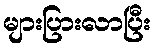
များပြားလာပြီး